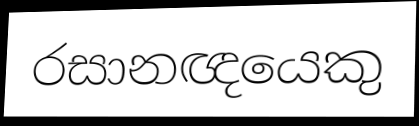
රසානඥයෙකු